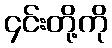
၄င်းတို့ကို